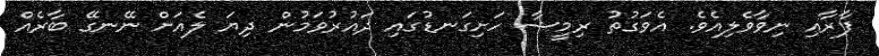
ފާރާއި ނިވާވެލިއެވެ. އެވަގުތު ރިމީޝާ ހަށިގަނޑުގައި ދައުރުވަމުން ދިޔަ ލެއަށް ނޭނގޭ ބާރެއް